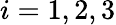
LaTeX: i={1,2,3}